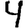
Digit: 4